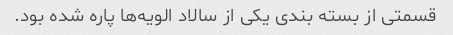
قسمتی از بسته بندی یکی از سالاد الویه‌ها پاره شده بود.